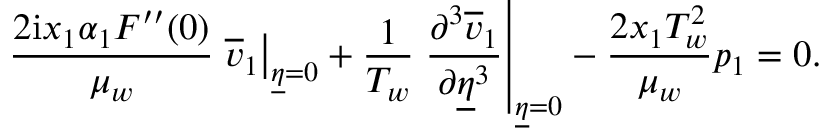
\frac { 2 \mathrm { i } x _ { 1 } \alpha _ { 1 } F ^ { \prime \prime } ( 0 ) } { \mu _ { w } } \left. \overline { { v } } _ { 1 } \right\vert _ { \underline { { \eta } } = 0 } + \frac { 1 } { T _ { w } } \left. \frac { \partial ^ { 3 } \overline { { v } } _ { 1 } } { \partial \underline { { \eta } } ^ { 3 } } \right\vert _ { \underline { { \eta } } = 0 } - \frac { 2 x _ { 1 } T _ { w } ^ { 2 } } { \mu _ { w } } p _ { 1 } = 0 .